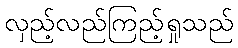
လှည့်လည်ကြည့်ရှုသည်